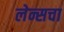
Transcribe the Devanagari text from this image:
लेन्सचा